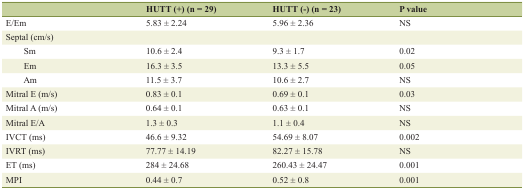
<table><thead><tr><td></td><td><b>HUTT (+) (n = 29)</b></td><td><b>HUTT (-) (n = 23)</b></td><td><b>P value</b></td></tr></thead><tbody><tr><td>E/Em</td><td>5.83 ± 2.24</td><td>5.96 ± 2.36</td><td>NS</td></tr><tr><td>Septal (cm/s)</td><td></td><td></td><td></td></tr><tr><td>Sm</td><td>10.6 ± 2.4</td><td>9.3 ± 1.7</td><td>0.02</td></tr><tr><td>Em</td><td>16.3 ± 3.5</td><td>13.3 ± 5.5</td><td>0.05</td></tr><tr><td>Am</td><td>11.5 ± 3.7</td><td>10.6 ± 2.7</td><td>NS</td></tr><tr><td>Mitral E (m/s)</td><td>0.83 ± 0.1</td><td>0.69 ± 0.1</td><td>0.03</td></tr><tr><td>Mitral A (m/s)</td><td>0.64 ± 0.1</td><td>0.63 ± 0.1</td><td>NS</td></tr><tr><td>Mitral E/A</td><td>1.3 ± 0.3</td><td>1.1 ± 0.4</td><td>NS</td></tr><tr><td>IVCT (ms)</td><td>46.6 ± 9.32</td><td>54.69 ± 8.07</td><td>0.002</td></tr><tr><td>IVRT (ms)</td><td>77.77 ± 14.19</td><td>82.27 ± 15.78</td><td>NS</td></tr><tr><td>ET (ms)</td><td>284 ± 24.68</td><td>260.43 ± 24.47</td><td>0.001</td></tr><tr><td>MPI</td><td>0.44 ± 0.7</td><td>0.52 ± 0.8</td><td>0.001</td></tr></tbody></table>